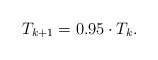
LaTeX: \begin{align*}T_{k+1}=0.95 \cdot T_k.\end{align*}